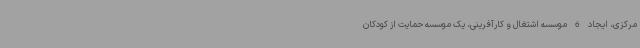
مرکزی، ایجاد 6 موسسه اشتغال و کارآفرینی، یک موسسه حمایت از کودکان